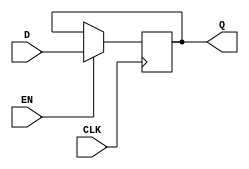
module edge_triggered_gated_latch (
    input wire D,      // Data Input
    input wire CLK,    // Clock Input
    input wire EN,     // Enable Signal
    output reg Q       // Output
);

    always @(posedge CLK) begin
        if (EN) begin
            Q <= D;    // Capture the value of D on the rising edge of CLK when EN is high
        end
        // If EN is low, Q retains its previous value
    end

endmodule